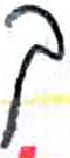
אות: ך